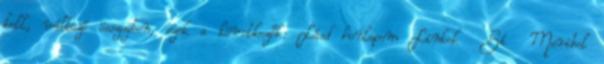
kell, változó összegben, ezek a következők: Lásd honlapom Linkek Sí Meribel